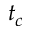
t _ { c }